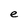
Character: e